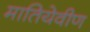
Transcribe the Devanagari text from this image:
मातियेवीण